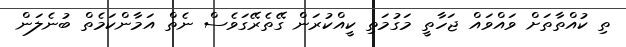
ތި ކުއްތާތަށް ވައްވައް ޖަހާތީ މަގުމަތި ކީއްކުރަން ގޭތެރޭގަވެސް ނެތް އަމާންކަމެތް ބުނެލަން